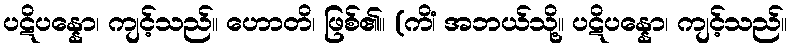
ပဋိပန္နော၊ ကျင့်သည်။ ဟောတိ၊ ဖြစ်၏။ (ကိံ၊ အဘယ်သို့။ ပဋိပန္နော၊ ကျင့်သည်။